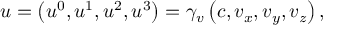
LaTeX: u = \left( u ^ { 0 } , u ^ { 1 } , u ^ { 2 } , u ^ { 3 } \right) = \gamma _ { v } \left( c , v _ { x } , v _ { y } , v _ { z } \right) ,